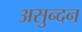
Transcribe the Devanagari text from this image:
असुन्दन